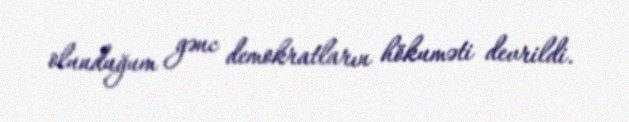
olunduğum gənc demokratların hökuməti devrildi.